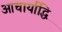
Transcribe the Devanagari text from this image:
आचार्याद्धि